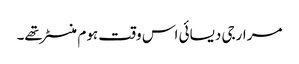
مرارجی دیسائی اس وقت ہوم منسٹر تھے۔